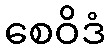
စေဝိဒံ